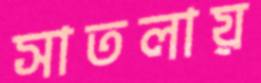
সাতলায়